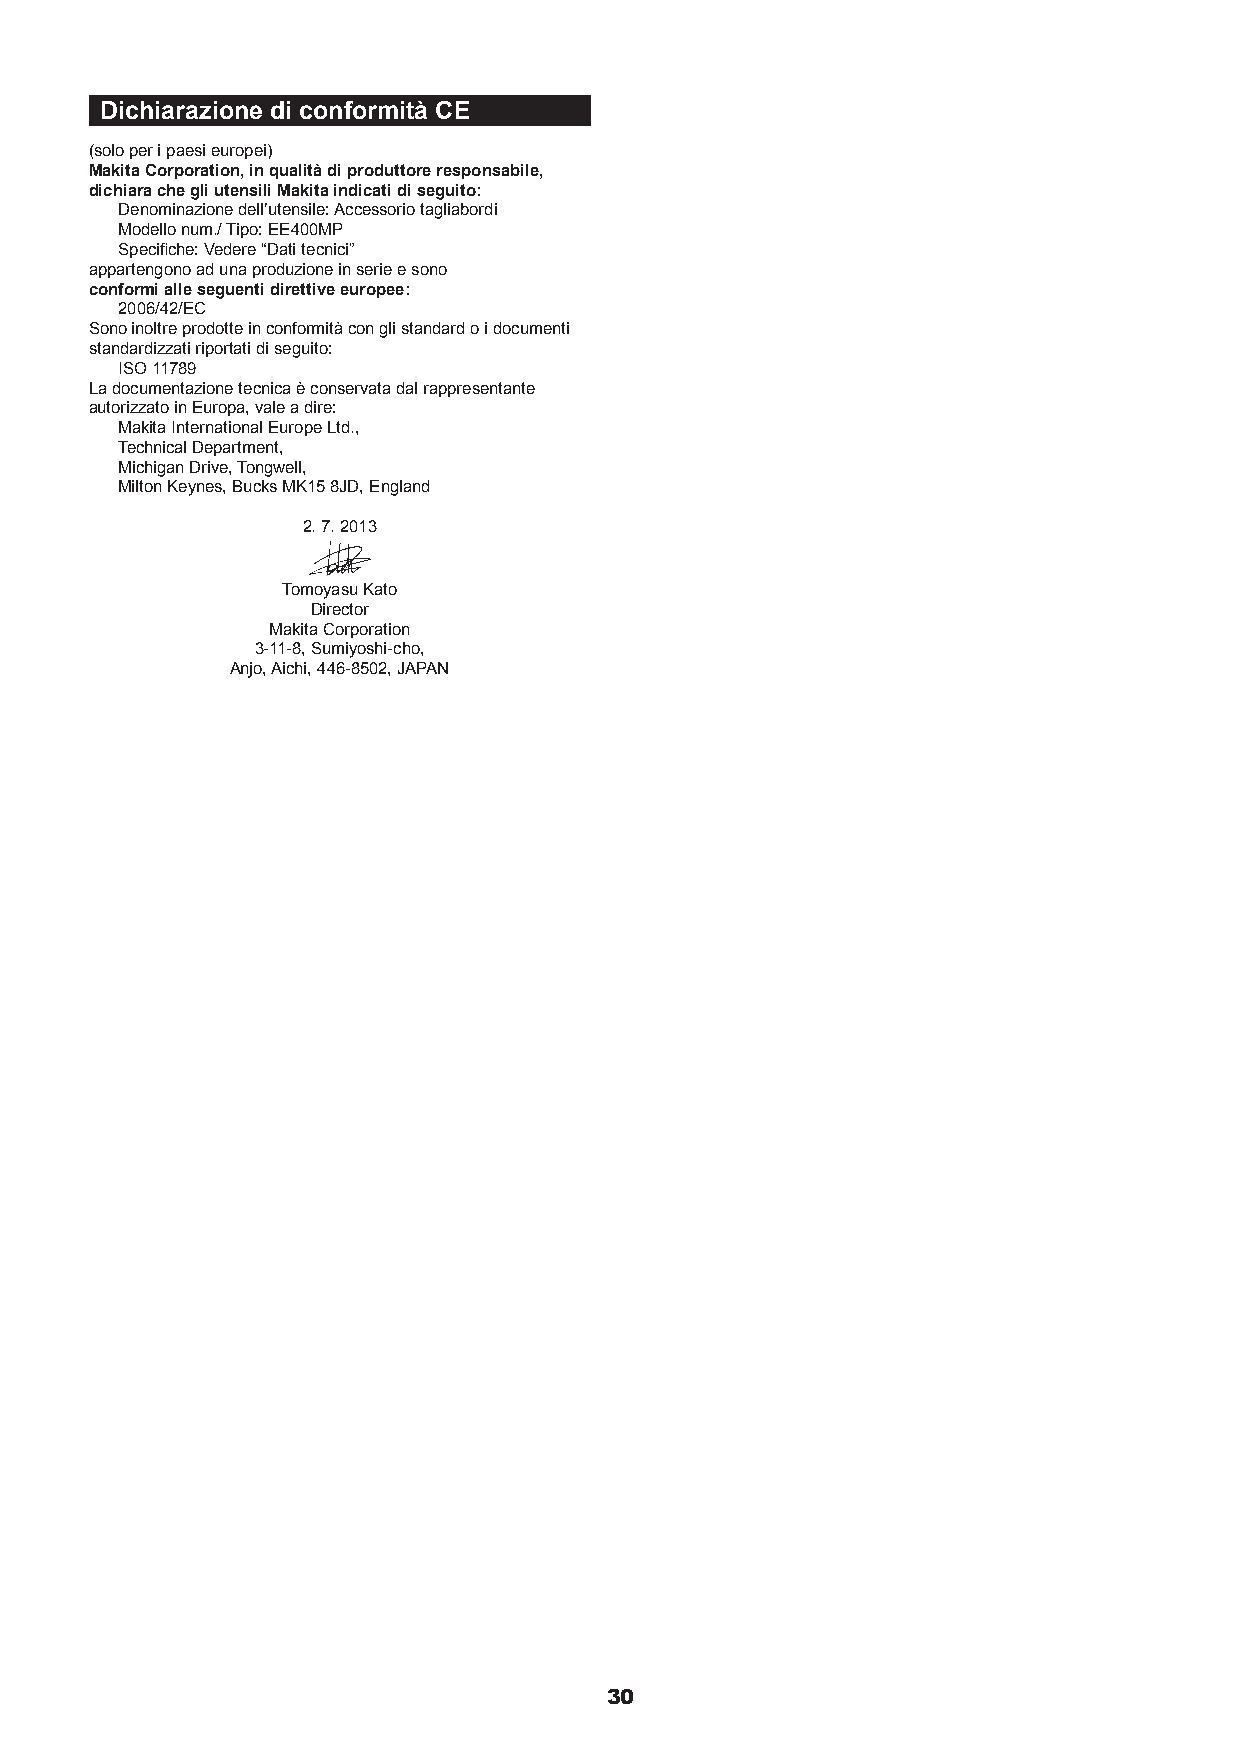
Dichiarazione di conformità CE
 (solo per i paesi europei)
 Makita Corporation, in qualità di produttore responsabile,
 dichiara che gli utensili Makita indicati di seguito:
 Denominazione dell’utensile: Accessorio tagliabordi
 Modello num./ Tipo: EE400MP
 Specifiche: Vedere “Dati tecnici”
 appartengono ad una produzione in serie e sono
 conformi alle seguenti direttive europee:
 2006/42/EC
 Sono inoltre prodotte in conformità con gli standard o i documenti
 standardizzati riportati di seguito:
 ISO 11789
 La documentazione tecnica è conservata dal rappresentante
 autorizzato in Europa, vale a dire:
 Makita International Europe Ltd.,
 Technical Department,
 Michigan Drive, Tongwell,
 Milton Keynes, Bucks MK15 8JD, England
 2. 7. 2013
 Tomoyasu Kato
 Director
 Makita Corporation
 3-11-8, Sumiyoshi-cho,
 Anjo, Aichi, 446-8502, JAPAN
 30